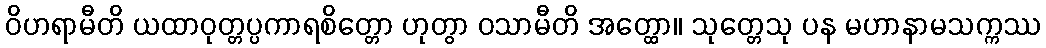
ဝိဟရာမီတိ ယထာဝုတ္တပ္ပကာရစိတ္တော ဟုတွာ ဝသာမီတိ အတ္ထော။ သုတ္တေသု ပန မဟာနာမသက္ကဿ